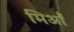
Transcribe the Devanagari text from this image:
मिआँ